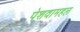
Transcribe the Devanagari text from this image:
पेशवामहल